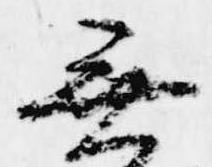
無